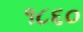
૧૮૬૦